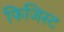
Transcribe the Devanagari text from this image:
फिजिस्ट